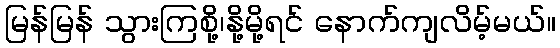
မြန်မြန် သွားကြစို့၊နို့မို့ရင် နောက်ကျလိမ့်မယ်။